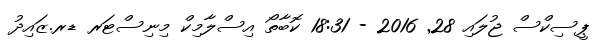
ޕީސިކްސް ޖުލައި 28